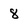
Character: 8